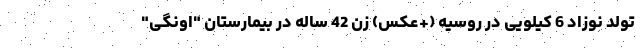
تولد نوزاد 6 کیلویی در روسیه (+عکس) زن 42 ساله در بیمارستان "اونگی"